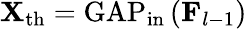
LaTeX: \mathbf{X}_{\mathrm{th}}=\operatorname{GAP}_{\mathrm{in}}\left(\mathbf{F}_{l-1}\right)